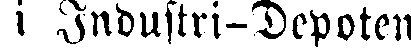
i Industri-Depoten.